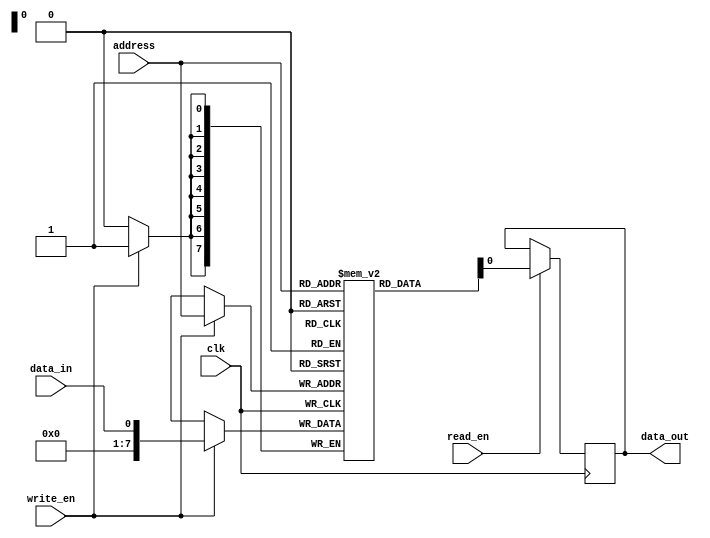
module MemoryBlocks (
    input wire clk,
    input wire [7:0] address,
    input wire data_in,
    input wire write_en,
    input wire read_en,
    output reg data_out
);

reg [7:0] row_addr;
reg [7:0] col_addr;
reg [7:0] memory [0:255]; // 256 memory blocks

always @(posedge clk) begin
    row_addr <= address[7:4];
    col_addr <= address[3:0];

    if (write_en) begin
        memory[address] <= data_in;
    end

    if (read_en) begin
        data_out <= memory[address];
    end
end

endmodule